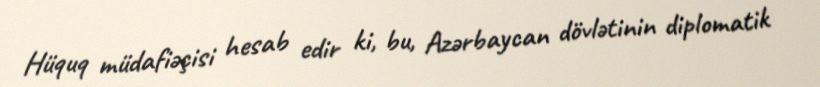
Hüquq müdafiəçisi hesab edir ki, bu, Azərbaycan dövlətinin diplomatik